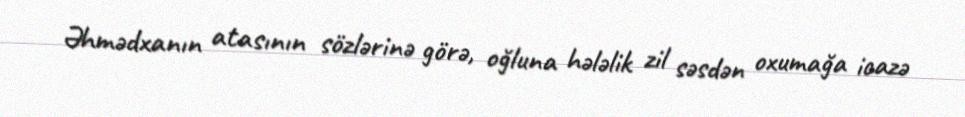
Əhmədxanın atasının sözlərinə görə, oğluna hələlik zil səsdən oxumağa icazə